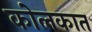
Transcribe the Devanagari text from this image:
कोलकात